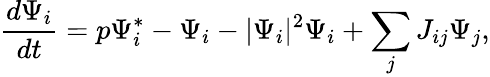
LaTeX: \frac{d\Psi_{i}}{dt}=p\Psi_{i}^{*}-\Psi_{i}-|\Psi_{i}|^{2}\Psi_{i}+\sum_{j}J_{ij}\Psi_{j},